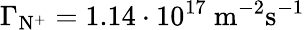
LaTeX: \Gamma_{\mathrm{N^{+}}}=1.14\cdot 10^{17}~\mathrm{m}^{-2}\mathrm{s}^{-1}